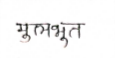
मजकूर: मुलभुत